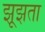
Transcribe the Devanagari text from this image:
झूझता